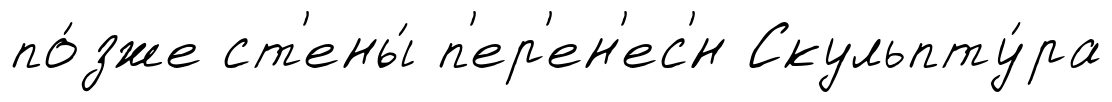
по́зже ст'ены́ п'ер'ен'ес'́н Скульпту́ра